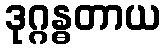
ဒုဂ္ဂန္ဓတာယ